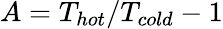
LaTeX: A=T_{hot}/T_{cold}-1